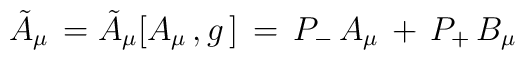
{\tilde A}_\mu \,= {\tilde A}_\mu [ A_\mu\,,g\,]\,= \, P_-\,A_\mu \,+\, P_+ \,B_\mu